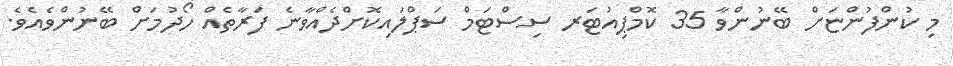
މި ކުންފުންޏަށް ބޭނުންވާ 35 ކޮމްޕިއުޓަރ ސިސްޓަމް ސަޕްލައިކޮށްދެއްވާނެ ފަރާތެއް ހޯދުމަށް ބޭނުންވެއެވެ.